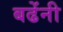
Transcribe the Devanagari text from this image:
बढेंनी